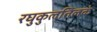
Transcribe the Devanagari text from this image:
रघुकुलतिलकं